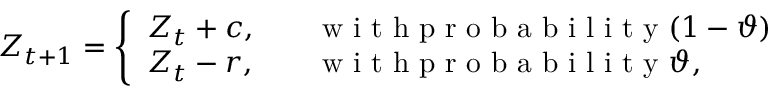
Z _ { t + 1 } = \left\{ \begin{array} { l l } { Z _ { t } + c , \quad } & { \mathrm { ~ w ~ i ~ t ~ h ~ p ~ r ~ o ~ b ~ a ~ b ~ i ~ l ~ i ~ t ~ y ~ } ( 1 - \vartheta ) } \\ { Z _ { t } - r , } & { \mathrm { ~ w ~ i ~ t ~ h ~ p ~ r ~ o ~ b ~ a ~ b ~ i ~ l ~ i ~ t ~ y ~ } \vartheta , } \end{array} \right.